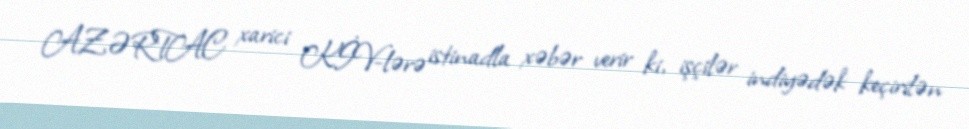
AZƏRTAC xarici KİV-lərə istinadla xəbər verir ki, işçilər indiyədək keçirilən